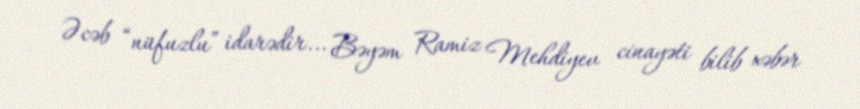
Əcəb “nüfuzlu” idarədir... Bəyəm Ramiz Mehdiyev cinayəti bilib xəbər